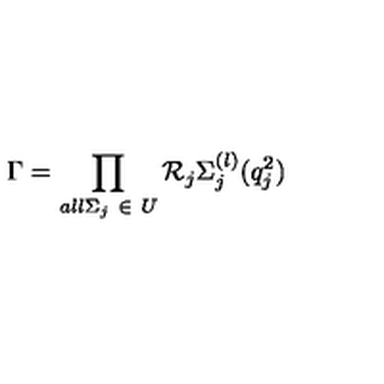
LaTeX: \Gamma = \prod _ { a l l \Sigma _ { j } \ \in \ U } \mathcal { R } _ { j } \Sigma _ { j } ^ { ( l ) } ( q _ { j } ^ { 2 } )